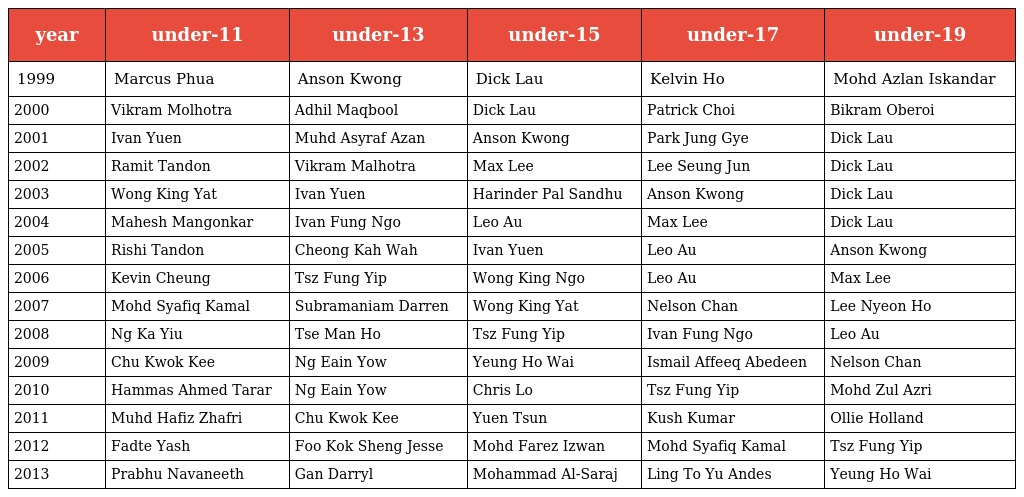
| year | under-11 | under-13 | under-15 | under-17 | under-19 |
 | --- | --- | --- | --- | --- | --- |
 | 1999 | Marcus Phua | Anson Kwong | Dick Lau | Kelvin Ho | Mohd Azlan Iskandar |
 | 2000 | Vikram Molhotra | Adhil Maqbool | Dick Lau | Patrick Choi | Bikram Oberoi |
 | 2001 | Ivan Yuen | Muhd Asyraf Azan | Anson Kwong | Park Jung Gye | Dick Lau |
 | 2002 | Ramit Tandon | Vikram Malhotra | Max Lee | Lee Seung Jun | Dick Lau |
 | 2003 | Wong King Yat | Ivan Yuen | Harinder Pal Sandhu | Anson Kwong | Dick Lau |
 | 2004 | Mahesh Mangonkar | Ivan Fung Ngo | Leo Au | Max Lee | Dick Lau |
 | 2005 | Rishi Tandon | Cheong Kah Wah | Ivan Yuen | Leo Au | Anson Kwong |
 | 2006 | Kevin Cheung | Tsz Fung Yip | Wong King Ngo | Leo Au | Max Lee |
 | 2007 | Mohd Syafiq Kamal | Subramaniam Darren | Wong King Yat | Nelson Chan | Lee Nyeon Ho |
 | 2008 | Ng Ka Yiu | Tse Man Ho | Tsz Fung Yip | Ivan Fung Ngo | Leo Au |
 | 2009 | Chu Kwok Kee | Ng Eain Yow | Yeung Ho Wai | Ismail Affeeq Abedeen | Nelson Chan |
 | 2010 | Hammas Ahmed Tarar | Ng Eain Yow | Chris Lo | Tsz Fung Yip | Mohd Zul Azri |
 | 2011 | Muhd Hafiz Zhafri | Chu Kwok Kee | Yuen Tsun | Kush Kumar | Ollie Holland |
 | 2012 | Fadte Yash | Foo Kok Sheng Jesse | Mohd Farez Izwan | Mohd Syafiq Kamal | Tsz Fung Yip |
 | 2013 | Prabhu Navaneeth | Gan Darryl | Mohammad Al-Saraj | Ling To Yu Andes | Yeung Ho Wai |